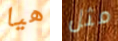
هيا مثل